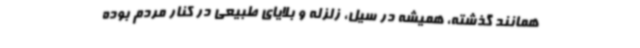
همانند گذشته، همیشه در سیل، زلزله و بلایای طبیعی در کنار مردم بوده